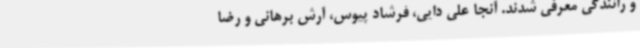
و رانندگی معرفی شدند. آنجا علی دایی، فرشاد پیوس، آرش برهانی و رضا